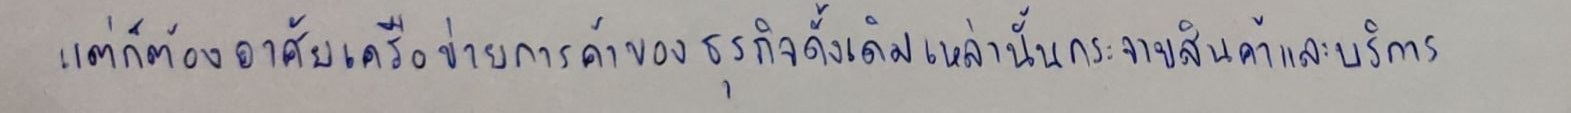
แต่ก็ต้องอาศัยเครือข่ายการค้าของธุรกิจดั้งเดิมเหล่านั้นกระจายสินค้าและบริการ